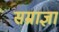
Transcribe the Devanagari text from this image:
सम्राज्ञा